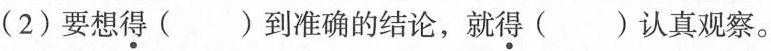
(2)要想得（）到准确的结论，就得（）认真观察。